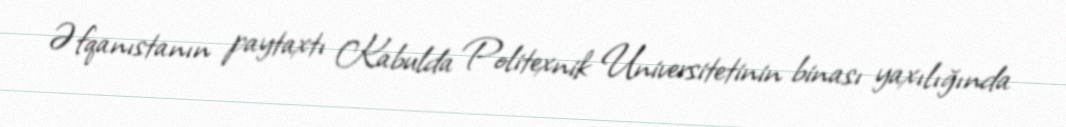
Əfqanıstanın paytaxtı Kabulda Politexnik Universitetinin binası yaxılığında